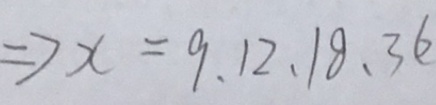
\Rightarrow x = 9 , 1 2 , 1 8 , 3 6